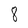
Character: 8